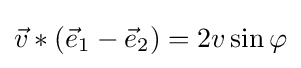
{\vec {v}}\ast ({\vec {e}}_{\text{1}}-{\vec {e}}_{\text{2}})=2v\sin \varphi